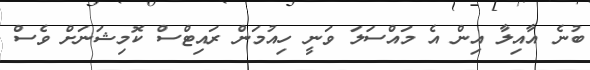
ބުނެ އާއިލާ އިން އެ މައްސަލަ ވަނީ ހިއުމަން ރައިޓްސް ކޮމިޝަނަށް ވެސް